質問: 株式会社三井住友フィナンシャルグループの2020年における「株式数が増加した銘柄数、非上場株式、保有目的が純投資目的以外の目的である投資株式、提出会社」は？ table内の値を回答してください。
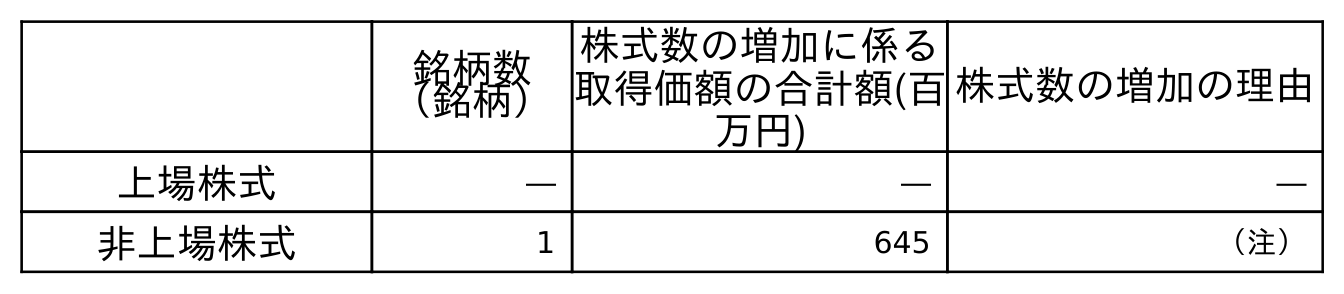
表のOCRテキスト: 銘柄数 （銘柄） 株式数の増加に係る 取得価額の合計額(百 万円) 株式数の増加の理由 上場株式 ― ― ― 非上場株式 1 645 （注）
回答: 1